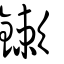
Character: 鏉